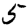
Digit: 5